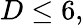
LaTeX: D\leq 6,